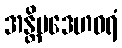
အန္တိမဒေဟဓရံ